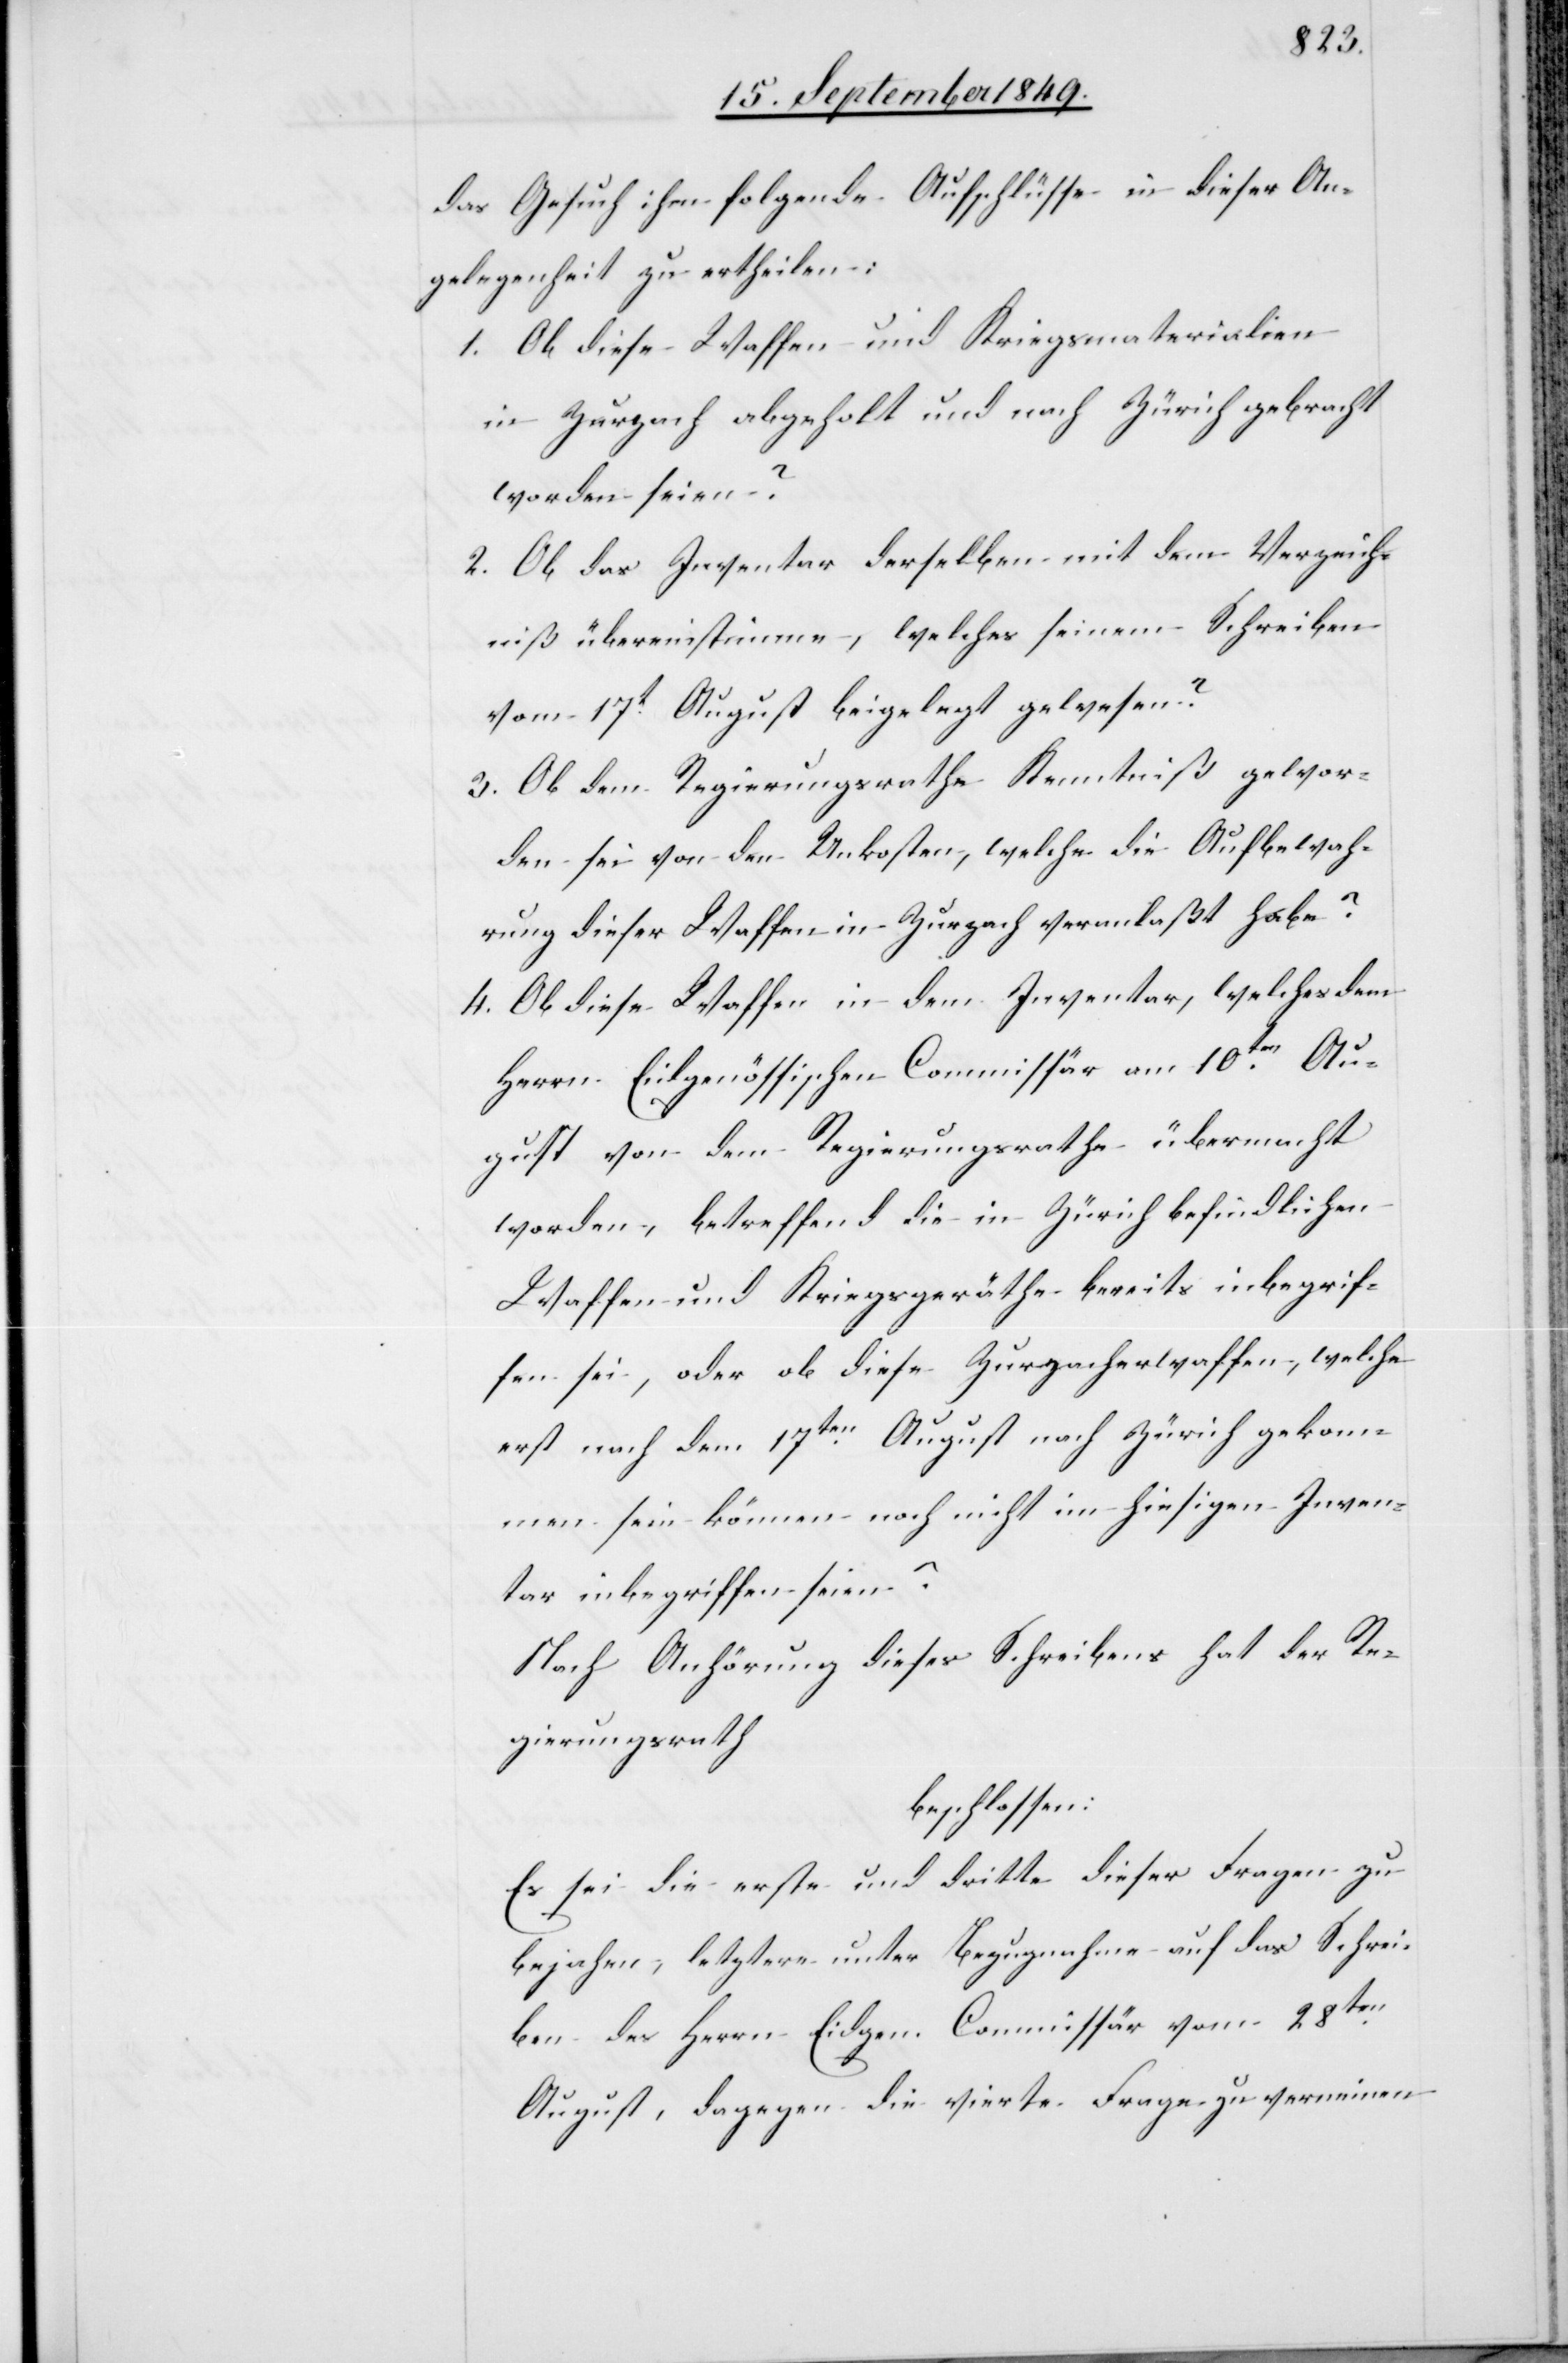
gewor¬
das Gesuch ihm folgenden Aufschlüsse in dieser An¬
gelegenheit zu ertheilen:
1. Ob diese Waffen und Kriegsmaterialien
in Zurzach abgeholt und nach Zürich gebracht
worden seien?
2. Ob das Inventar derselben mit dem Verzeich¬
niß übereinstimmen, welches seinem Schreiben
vom 17t August beigelegt gewesen?
3. Ob dem Regierungsrathe Kenntniß [gegeben]
den sei von den Unkosten, welche die Aufbewah¬
rung dieser Waffen in Zurzach veranlaßt habe?
4. Ob diese Waffen in dem Inventar, welches dem
Herrn Eidgenössischen Commissär am 10ten Au¬
gust von dem Regierungsrathe übermacht
worden, betreffend die in Zürich befindlichen
Waffen und Kriegsräthe bereits inbegrif¬
fen sei, oder ob diese Zurzacherwaffen, welche
erst nach dem 17ten August nach Zürich gekom¬
men sein können noch nicht im hiesigen Inven¬
tar inbegriffen seien?
Nach Anhörung dieses Schreibens hat der Re¬
gierungsrath
beschlossen:
Es sei die erste und dritte dieser Fragen zu
bejahen, letztere unter Bezugnahme auf das Schrei¬
ben des Herrn Eidgen. Commissär vom 28ten
August, dagegen die vierte Frage zu verneinen